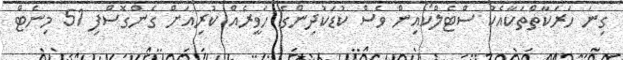
ގިނަ ހަރަކާތްތަކާއެކު ސްޓެލްކޯއިން ވެސް ކުޑަކުދިންގެ ހަވީރެއް ކުރިއަށް ގެންގޮސްފި 51 މިނެޓް